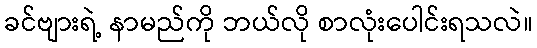
ခင်ဗျားရဲ့ နာမည်ကို ဘယ်လို စာလုံးပေါင်းရသလဲ။